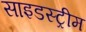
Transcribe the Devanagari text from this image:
साइडस्ट्रीम